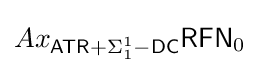
Ax_{{\mathsf {ATR}}+\Sigma _{1}^{1}{\mathsf {-DC}}}{\mathsf {RFN}}_{0}